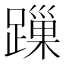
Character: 𨄓